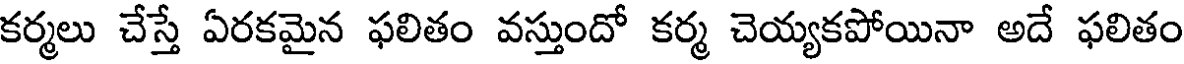
కర్మలు చేస్తే ఏరకమైన ఫలితం వస్తుందో కర్మ చెయ్యకపోయినా అదే ఫలితం